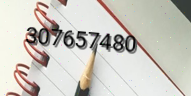
307657480